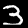
Label: 3